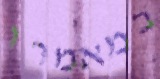
במאמרו